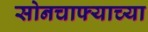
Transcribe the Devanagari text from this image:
सोनचाफ्याच्या